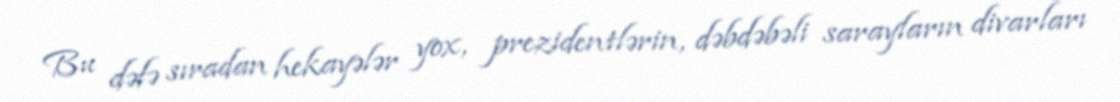
Bu dəfə sıradan hekayələr yox, prezidentlərin, dəbdəbəli sarayların divarları